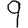
Digit: 9